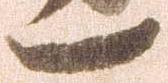
一